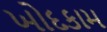
ખોદકામ